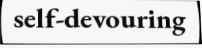
self-devouring